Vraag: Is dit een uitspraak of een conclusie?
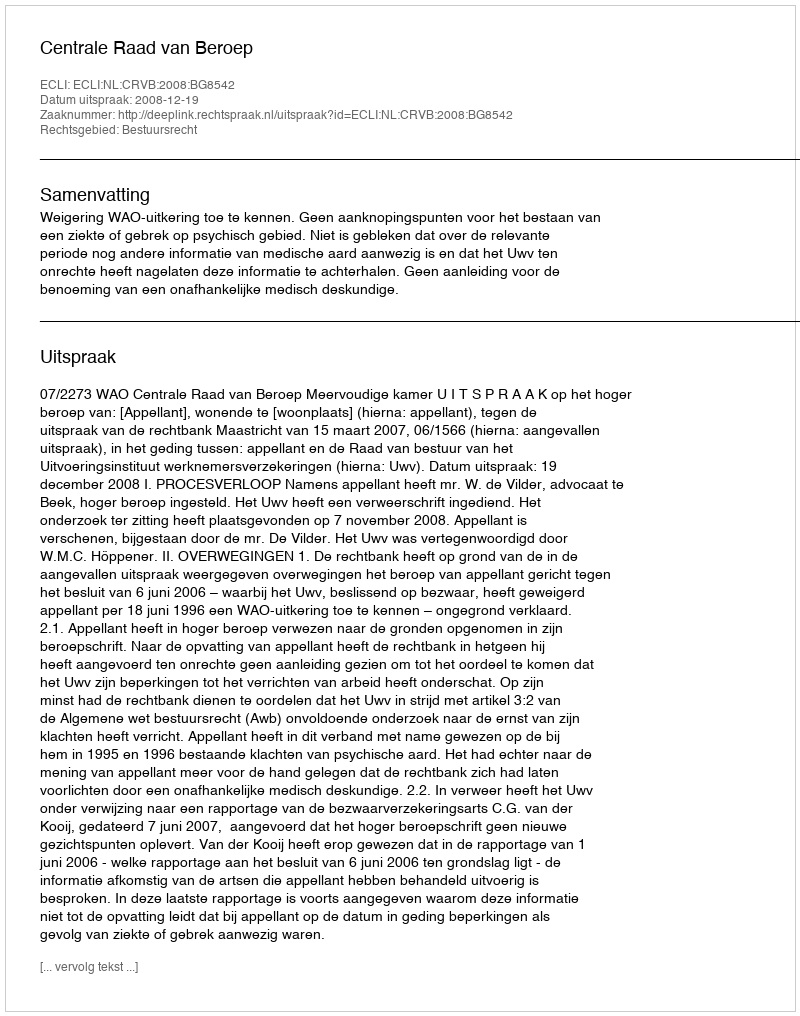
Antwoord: Uitspraak